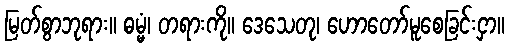
မြတ်စွာဘုရား။ ဓမ္မံ၊ တရားကို။ ဒေသေတု၊ ဟောတော်မူစေခြင်းငှာ။